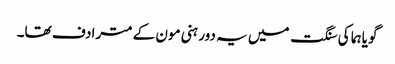
گویا ہما کی سنگت میں یہ دور ہنی مون کے مترادف تھا۔